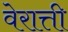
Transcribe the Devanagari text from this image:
वेरात्ती